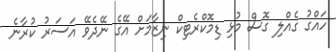
ހައްގު ގެއްލި ގޮސް މުޅި ޑިމޮކްރެޓިކް ނިޒާމަށް އޭގެ ނޭދެވޭ އަސަރު ކުރާނެ